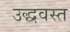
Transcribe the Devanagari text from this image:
उद्धवस्त